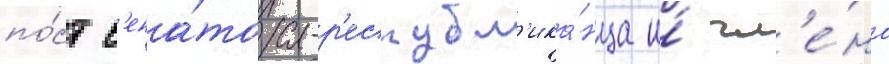
по́ст с'ена́тора-р'еспубл'ика́нца и́ чл'е́на